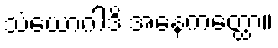
သံယောဂါဒိ အနေကတ္ထော။